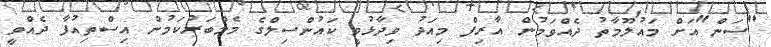
"ސަން"އަށް މައުލޫމާތު ދެއްވަމުން އާރިފް މިއަދު ވިދާޅުވީ ކައުންސިލްގެ މެމްބަރުކަމުން އިސްތިއުފާ ދެއްވީ